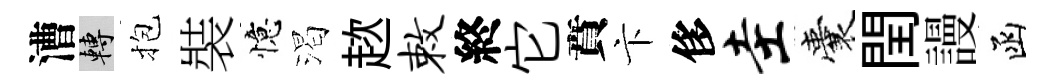
漕轉抱裝憶渴趑敕終它賁卞侈圭囊閏謾函